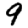
Digit: 9